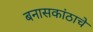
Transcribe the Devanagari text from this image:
बनासकांठाचे